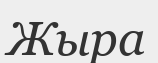
Жыра